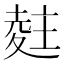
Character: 𭐨